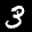
Label: 3